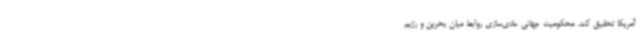
آمریکا تحقیق کند. محکومیت جهانی عادی‌سازی روابط میان بحرین و رژیم